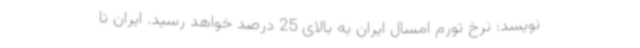
نویسد: نرخ تورم امسال ایران به بالای 25 درصد خواهد رسید. ایران تا